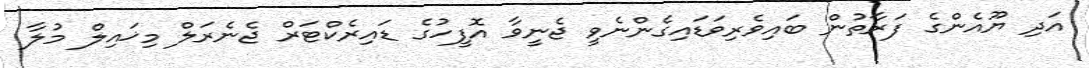
އަދި ޔޫއެންގެ ފަރާތުން ބައިވެރިވަޑައިގެންނެވީ ޖެނީވާ އޮފީހުގެ ޑައިރެކްޓަރް ޖެނެރަލް މިޚައިލް މުލާ